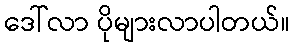
ဒေါ်လာ ပိုများလာပါတယ်။